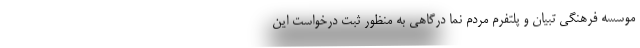
موسسه فرهنگی تبیان و پلتفرم مردم نما درگاهی به منظور ثبت درخواست این